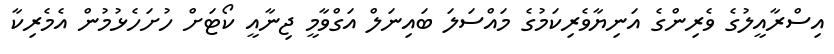
އިސްރާއީލުގެ ވެރިންގެ އަނިޔާވެރިކަމުގެ މައްސަލަ ބައިނަލް އަގްވާމީ ޖިނާއީ ކޯޓަށް ހުށަހެޅުމުން އެމެރިކާ